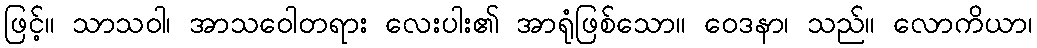
ဖြင့်။ သာသဝါ၊ အာသဝေါတရား လေးပါး၏ အာရုံဖြစ်သော။ ဝေဒနာ၊ သည်။ လောကိယာ၊